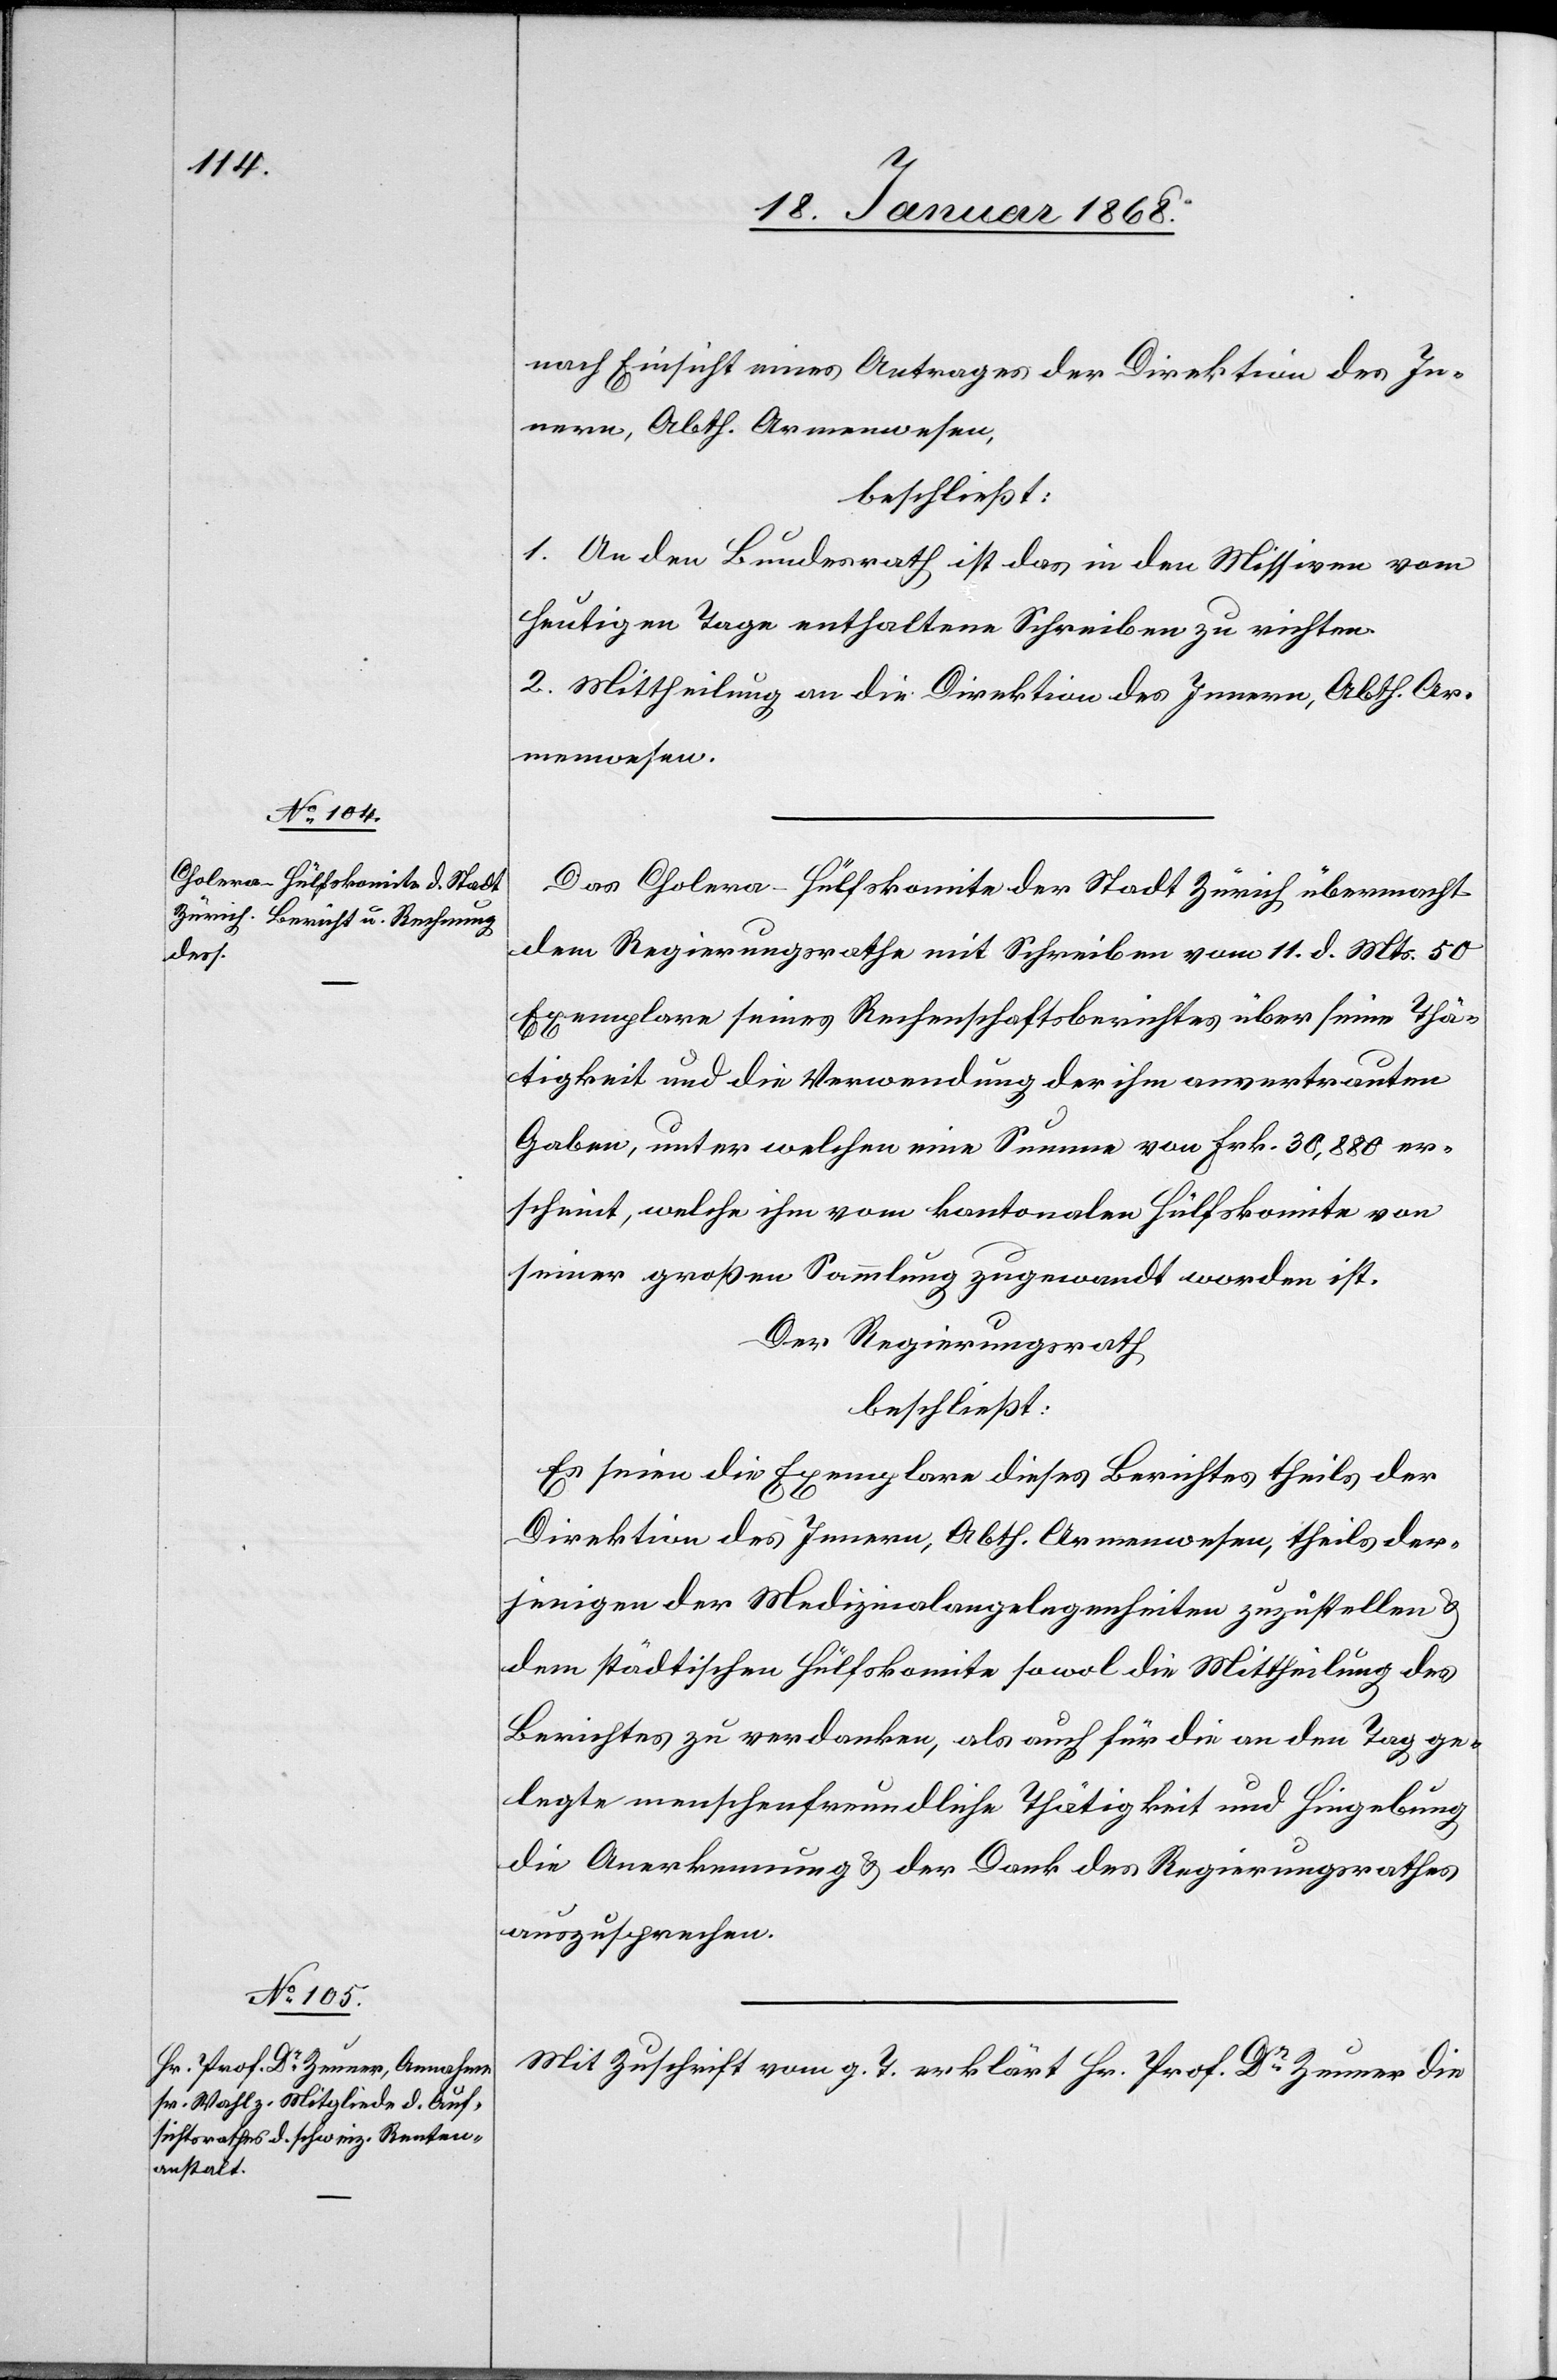
nach Einsicht eines Antrages der Direktion des In¬
nern, Abth. Armenwesen,
beschließt:
1. An den Bundesrath ist das in den Missiven vom
heutigen Tage enthaltene Schreiben zu richten.
2. Mittheilung an die Direktion des Innern, Abth. Ar¬
menwesen.
Das Cholera-Hülfskomite der Stadt Zürich übermacht
dem Regierungsrathe mit Schreiben vom 11. d. Mts. 50
Exemplare seines Rechenschaftsberichtes über seine Thä¬
tigkeit und die Verwendung der ihm anvertrauten
Gaben, unter welchen eine Summe von Frk. 30,880 er¬
scheint, welche ihm vom kantonalen Hülfskomite von
seiner großen Sammlung zugewandt worden ist.
Der Regierungsrath
beschließt:
Es seien die Exemplare dieses Berichtes theils der
Direktion des Innern, Abth. Armenwesen, theils der¬
jenigen der Medizinalangelegenheiten zuzustellen &
dem städtischen Hülfskomite sowol die Mittheilung des
Berichtes zu verdanken, als auch für die an den Tag ge¬
legte menschenfreundliche Thätigkeit und Hingebung
die Anerkennung & der Dank des Regierungsrathes
auszusprechen.
Mit Zuschrift vom g. T. erklärt Hr. Prof. Dr. Zeuner die